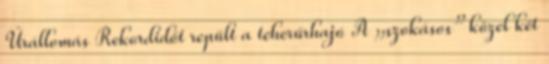
Űrállomás Rekordidőt repült a teherűrhajó A „szokásos” közel két